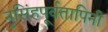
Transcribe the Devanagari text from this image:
नृसिंहपूर्वतापिनी